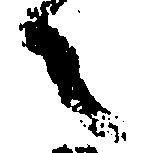
之